Civil Veterinary Department. United Provinces 1923-31 - 1923-1931
Year: 1923
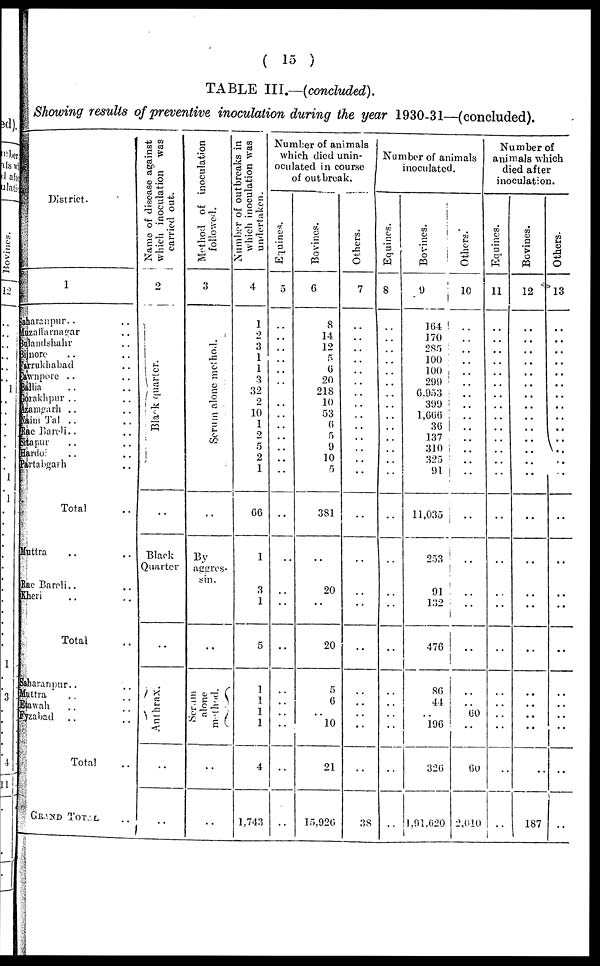
( 15 )
TABLE III.—(concluded).
Showing results of preventive inoculation during the year 1930-31—(concluded).
District.
1
Saharanpur .. ..
Muzaffarnagar ..
Buladlshahr ..
Bijnore .. ..
Farrukhabad ..
Cawnpore .. ..
Ballia .. ..
Gorakhpur .. ..
Azamgarh .. ..
Naini Tal .. ..
Rae Bareli .. ..
Sitapur .. ..
Hardo .. ..
Partabgarh ..
Total ..
Muttra .. ..
Rae Bareli .. ..
Kheri .. ..
Total ..
Saharanpur.. ..
Muttra .. ..
Etawah .. ..
Fyzabad .. ..
Total ..
GRAND TOTAL ..
Name of disease against
which inoculation was
carried out.
2
Black quarter.
..
Black
Quarter
..
Ant hr ax.
..
..
Method of inoculation
followed.
3
Se r
um alone method.
..
By
aggres-
sin.
..
Se r
um
alone
method.
..
..
Number of outbreaks in
which inoculation was
undertaken.
4
1
2
3
1
1
3
32
2
10
1
2
5
2
1
66
1
3
1
5
1
1
1
1
4
1,743
Number of animals
which died unin-
oculated in course
of outbreak.
I
Equines.
5
..
..
..
..
..
..
..
..
. .
..
..
..
..
..
..
..
..
..
..
..
..
..
..
Bovines.
6
8
14
12
5
6
20
218
10
53
6
5
9
10
5
381
..
20
..
20
5
6
10 ..
21
15,926
Others.
7
..
..
..
..
..
..
..
..
..
..
..
..
..
..
..
..
..
..
..
..
..
..
..
38
Number of animals
inoculated.
Equines.
8
..
..
..
..
..
..
..
..
..
..
..
..
..
..
..
..
..
..
..
..
..
..
..
..
Bovines.
9
164
170
285
100
100
299
6.953
399
1,666
36
137
310
325
91
..
..
91
132
476
86
44
.. 196
326
1,91,620
Others.
10
..
..
..
..
..
..
..
..
..
..
..
..
..
..
..
..
..
..
..
60
60
2,010
Number of
animals which
died after
inoculation.
Equines.
11
..
..
..
..
..
..
..
..
..
..
..
..
..
..
..
..
..
..
..
..
..
..
Bovines.
12
..
..
..
..
..
..
..
..
..
.. ..
..
..
..
..
..
..
..
..
..
..
187
Others.
13
..
..
..
..
..
..
..
..
..
..
..
..
..
..
..
..
..
..
..
..
..
..